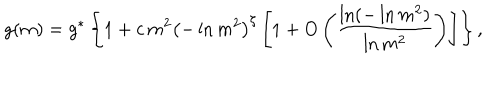
LaTeX: g ( m ) = g ^ { * } \left\{ 1 + c \, m ^ { 2 } \left( - \ln m ^ { 2 } \right) ^ { \zeta } \left[ 1 + O \left( { \frac { \ln ( - \ln m ^ { 2 } ) } { \ln m ^ { 2 } } } \right) \right] \right\} ,